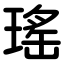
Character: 瑤